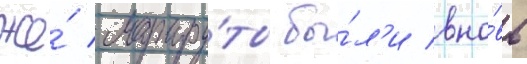
же́ маршру́ты бы́л'и вно́вь